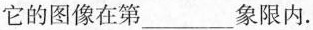
它的图像在第___象限内。